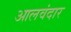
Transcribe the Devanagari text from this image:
आलवंदार